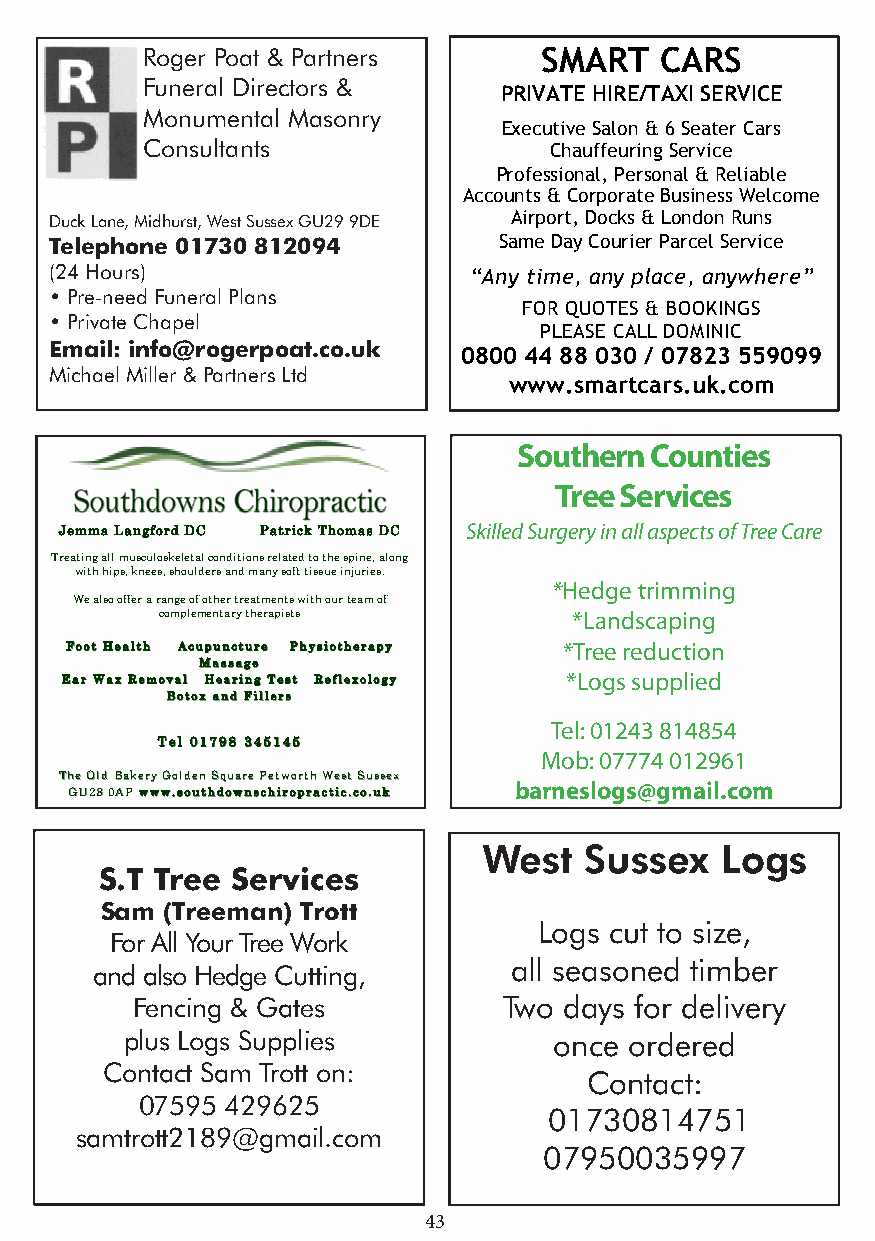
Roger Poat & Partners      SMART   CARS
 Funeral Directors &
 PRIVATE HIRE/TAXI SERVICE
 Monumental Masonry
 Executive Salon & 6 Seater Cars
 Consultants                Chauffeuring Service
 Professional, Personal & Reliable
 Accounts & Corporate Business Welcome
 Duck Lane, Midhurst, West Sussex GU29 9DE Airport, Docks & London Runs
 Telephone 01730 812094        Same Day Courier Parcel Service
 (24 Hours)                  “Any time, any place, anywhere”
 • Pre-need Funeral Plans
 FOR QUOTES & BOOKINGS
 • Private Chapel
 PLEASE CALL DOMINIC
 Email: info@rogerpoat.co.uk
 0800 44 88 030 / 07823 559099
 Michael Miller & Partners Ltd
 www.smartcars.uk.com
 Southern Counties
 Tree Services
 JJeemmmmaa LLaannggffoorrdd DDCC PPaattrriicckk TThhoommaass DDCC Skilled Surgery in all aspects of Tree Care
 Treating all musculoskeletal conditions related to the spine, along
 with hips, knees, shoulders and many soft tissue injuries.
 *Hedge trimming
 We also offer a range of other treatments with our team of
 complementary therapists   *Landscaping
 FFFFooooooootttt HHHHeeeeaaaalllltttthhhh AAAAccccuuuuppppuuuunnnnccccttttuuuurrrreeee PPPPhhhhyyyyssssiiiiooootttthhhheeeerrrraaaappppyyyy *Tree reduction
 MMMMaaaassssssssaaaaggggeeee
 EEEEaaaarrrr WWWWaaaaxxxx RRRReeeemmmmoooovvvvaaaallll HHHHeeeeaaaarrrriiiinnnngggg TTTTeeeesssstttt RRRReeeefffflllleeeexxxxoooollllooooggggyyyy *Logs supplied
 BBBBoooottttooooxxxx aaaannnndddd FFFFiiiilllllllleeeerrrrssss
 Tel: 01243 814854
 TTTTeeeellll 00001111777799998888 333344445555111144445555
 Mob: 07774 012961
 TThhee OOlldd BBaakkeerryy GGoollddeenn SSqquuaarree PPeettwwoorrtthh WWeesstt SSuusssseexx
 barneslogs@gmail.com
 GGUU2288 00AAPP wwwwwwwwwwww....ssssoooouuuutttthhhhddddoooowwwwnnnnsssscccchhhhiiiirrrroooopppprrrraaaaccccttttiiiicccc....ccccoooo....uuuukkkk
 West   Sussex   Logs
 S.T Tree Services
 Sam (Treeman) Trott
 Logs cut to size,
 For All Your Tree Work
 all seasoned timber
 and also Hedge Cutting,
 Fencing & Gates         Two days for delivery
 plus Logs Supplies           once ordered
 Contact Sam Trott on:
 Contact:
 07595 429625
 01730814751
 samtrott2189@gmail.com
 07950035997
 43